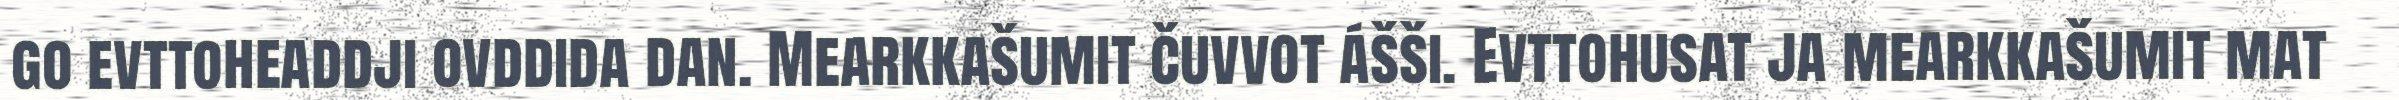
go evttoheaddji ovddida dan. Mearkkašumit čuvvot ášši. Evttohusat ja mearkkašumit mat